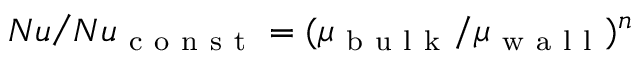
N u \/ ⁄ N u _ { \mathrm { ~ c ~ o ~ n ~ s ~ t ~ } } = ( \mu _ { \mathrm { ~ b ~ u ~ l ~ k ~ } } / \mu _ { \mathrm { ~ w ~ a ~ l ~ l ~ } } ) ^ { n }